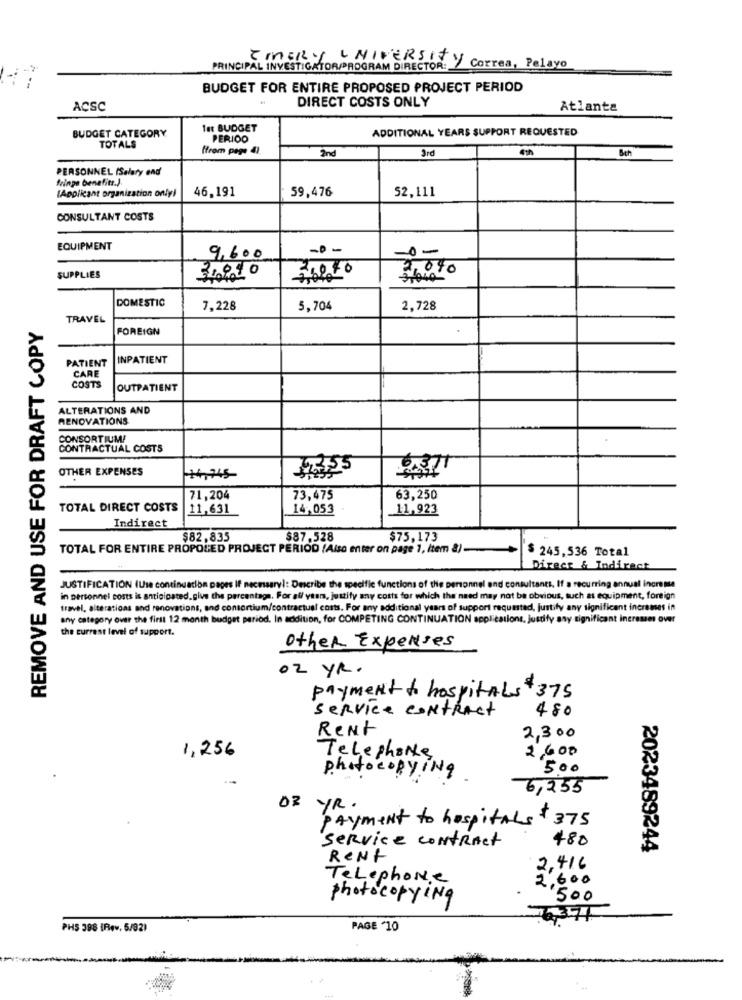
TIMERy UNIVERSITY
PRINCIPAL INVESTIGATOR/PROGRAM DIRECTOR:
OR: y Correa, Pelayo
BUDGET FOR ENTIRE PROPOSED PROJECT PERIOD
DIRECT COSTS ONLY
ACSC
Atlanta
1et BUDGET
ADDITIONAL YEARS SUPPORT REQUESTED
BUDGET CATEGORY
TOTALS
PERIOD
ffrom page 41.
2nd
3rd
Sch
PERSONNEL (Salary end
fringe benefits.)
[Applicant organization only)
46,191
59,476
52,111
CONSULTANT COSTS
EQUIPMENT
-0-
-0-
9,600
2010
SUPPLIES
31940-
DOMESTIC
7,228
5,704
2,728
REMOVE AND USE FOR DRAFT COPY
TRAVEL
FOREIGN
PATIENT
INPATIENT
CARE
COSTS
OUTPATIENT
ALTERATIONS AND
RENOVATIONS
CONSORTIUM!
CONTRACTUAL COSTS
OTHER EXPENSES
6.371
14,345-
71,204
73,475
63,250
TOTAL DIRECT COSTS
11,631
14,053
11,923
Indirect
$82,835
$87,528
$75,173
TOTAL FOR ENTIRE PROPOLED PROJECT PERIOD (Also enter on page 1, item 8)
$ 245,536 Total
Direct & Indirect
JUSTIFICATION (Use continuacion pages If necessary): Describe the specific functions of the personnel and consultants. If a recurring annual incremu
in personnel costs is anticipated. give the percentage. For all years, justify any costs for which the need may not be obvious, such as equipment, foreign
travel, alterations and renovations, and consortium/contractual costs. For any additional years of support requested, justify any significant incremes in
any category over the first 12 month budget period. In addition, for COMPETING CONTINUATION applications, justify any significant ineresses over
the current level of support.
other Expenses
02 YR.
payment to hospitAls 375
service contract
480
Rent
2,300
1,256
2,600
Telephone
500
photocopyING
6,255
OF YR.
payment to hospitals
$ 375
service contract
480
2023489244
Rent
2,416
Telephone
600
2.0
photocopying
-1500
PHS 398 (Rev. 5/92)
PAGE '10